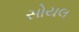
સોયલ